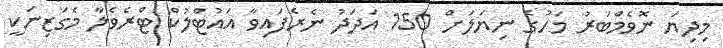
މިދިޔަ ނޮވެމްބަރު މަހުގެ ނިޔަލަށް 150 އަދަދު ނެރެފައިވާ އައުޓްލުކް ޓްރެވެލާ މެގަޒިނަކީ